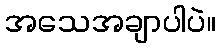
အသေအချာပါပဲ။